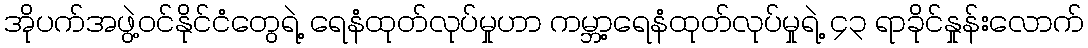
အိုပက်အဖွဲ့ဝင်နိုင်ငံတွေရဲ့ ရေနံထုတ်လုပ်မှုဟာ ကမ္ဘာ့ရေနံထုတ်လုပ်မှုရဲ့ ၄၃ ရာခိုင်နှုန်းလောက်